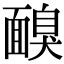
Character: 𩈸